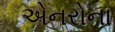
એનરોના